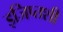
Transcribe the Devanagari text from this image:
इजिप्तशी